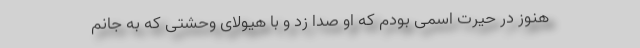
هنوز در حیرت اسمی بودم که او صدا زد و با هیولای وحشتی که به جانم